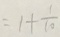
= 1 + \frac { 1 } { 1 0 }